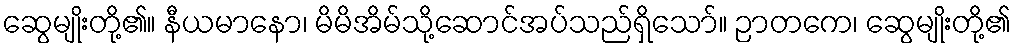
ဆွေမျိုးတို့၏။ နီယမာနော၊ မိမိအိမ်သို့ဆောင်အပ်သည်ရှိသော်။ ဉာတကေ၊ ဆွေမျိုးတို့၏